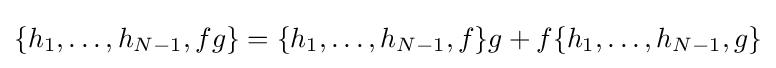
\{h_{1},\ldots ,h_{N-1},fg\}=\{h_{1},\ldots ,h_{N-1},f\}g+f\{h_{1},\ldots ,h_{N-1},g\}